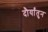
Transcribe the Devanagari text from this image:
दौर्यांतुन